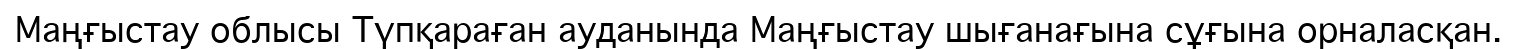
Маңғыстау облысы Түпқараған ауданында Маңғыстау шығанағына сұғына орналасқан.